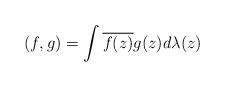
\begin{align*}(f,g)=\int \overline{f(z)}g(z) d\lambda(z)\end{align*}